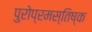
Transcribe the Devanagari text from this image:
पुरोप्रमस्तिष्क